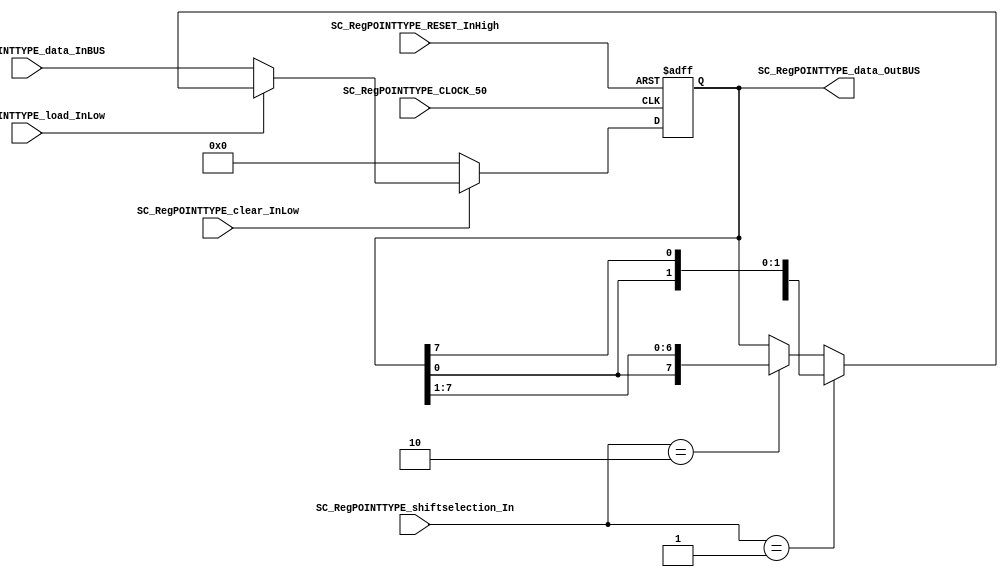
//=======================================================
//  MODULE Definition
//=======================================================
module SC_RegPOINTTYPE #(parameter RegPOINTTYPE_DATAWIDTH=8, parameter DATA_FIXED_INITREGPOINT=8'b00000000)(
	//////////// OUTPUTS //////////
	SC_RegPOINTTYPE_data_OutBUS,
	
	//////////// INPUTS //////////
	SC_RegPOINTTYPE_CLOCK_50,
	SC_RegPOINTTYPE_RESET_InHigh,
	SC_RegPOINTTYPE_clear_InLow, 
	SC_RegPOINTTYPE_load_InLow, 
	SC_RegPOINTTYPE_shiftselection_In,
	SC_RegPOINTTYPE_data_InBUS
);
//=======================================================
//  PARAMETER declarations
//=======================================================

//=======================================================
//  PORT declarations
//=======================================================
output		[RegPOINTTYPE_DATAWIDTH-1:0]	SC_RegPOINTTYPE_data_OutBUS;
input		SC_RegPOINTTYPE_CLOCK_50;
input		SC_RegPOINTTYPE_RESET_InHigh;
input		SC_RegPOINTTYPE_clear_InLow;
input		SC_RegPOINTTYPE_load_InLow;	
input	    [1:0] SC_RegPOINTTYPE_shiftselection_In;
input		[RegPOINTTYPE_DATAWIDTH-1:0]	SC_RegPOINTTYPE_data_InBUS;

//=======================================================
//  REG/WIRE declarations
//=======================================================
reg [RegPOINTTYPE_DATAWIDTH-1:0] RegPOINTTYPE_Register;
reg [RegPOINTTYPE_DATAWIDTH-1:0] RegPOINTTYPE_Signal;
//=======================================================
//  Structural coding
//=======================================================
//INPUT LOGIC: COMBINATIONAL
always @(*)
begin
	if (SC_RegPOINTTYPE_clear_InLow == 1'b0)
		RegPOINTTYPE_Signal = DATA_FIXED_INITREGPOINT;
	else if (SC_RegPOINTTYPE_load_InLow == 1'b0)
		RegPOINTTYPE_Signal = SC_RegPOINTTYPE_data_InBUS;
	else if (SC_RegPOINTTYPE_shiftselection_In == 2'b01)
		RegPOINTTYPE_Signal = {RegPOINTTYPE_Register[RegPOINTTYPE_DATAWIDTH-2:0],RegPOINTTYPE_Register[RegPOINTTYPE_DATAWIDTH-1]};
	else if (SC_RegPOINTTYPE_shiftselection_In == 2'b10)
		RegPOINTTYPE_Signal = {RegPOINTTYPE_Register[0],RegPOINTTYPE_Register[RegPOINTTYPE_DATAWIDTH-1:1]};
	else
		RegPOINTTYPE_Signal = RegPOINTTYPE_Register;
	end	
//STATE REGISTER: SEQUENTIAL
always @(posedge SC_RegPOINTTYPE_CLOCK_50, posedge SC_RegPOINTTYPE_RESET_InHigh)
begin
	if (SC_RegPOINTTYPE_RESET_InHigh == 1'b1)
		RegPOINTTYPE_Register <= 0;
	else
		RegPOINTTYPE_Register <= RegPOINTTYPE_Signal;
end
//=======================================================
//  Outputs
//=======================================================
//OUTPUT LOGIC: COMBINATIONAL
assign SC_RegPOINTTYPE_data_OutBUS = RegPOINTTYPE_Register;

endmodule